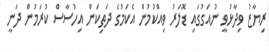
ރިޔާޒު ވިދާޅުވީ ނުއަގުގައި ޑޮލަރު ވިއްކުމުން އެކަމުގެ ދަތިކަން އިހުސާސް ކުރަމުން ދަނީ